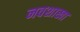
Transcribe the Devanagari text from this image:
नवशाखा